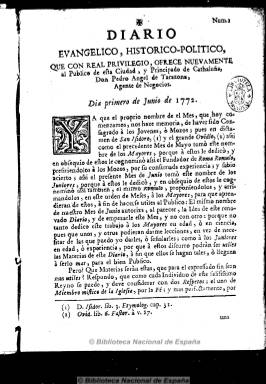
Título: Diario evangélico, histórico-político
Otros títulos: Diario evangélico, histórico político
Colección: Periódicos anteriores a 1850
Ámbito geográfico: Barcelona
Lugar de publicación: Barcelona
Fechas: 01/06/1772-06/06/1772

Con este título reaparece en 1772 el segundo diario editado en España, tras el que Francisco Mariano Nipho comenzara a publicar en Madrid en 1758. El agente de negocios Pedro Ángel de Tarazona, emulando en Barcelona al fundador del periodismo español, había editado en 1762 el Diario curioso, histórico, erudito y comercial, público y económico, enmarcado en el espíritu ilustrado del dieciocho, y diez años después, con real privilegio, ofrecerá nuevamente al público catalán un diario con el título Diario evangélico, histórico-político, un periódico de ocho páginas que divide en dos partes diferenciadas. En la primera y a una columna, incluye artículos de divulgación religiosa, como la vida del santo del día y comentarios sobre el dogma, el evangelio o la liturgia católicas, y de historia de España o de la “romana política”; y en la segunda, a dos columnas y ocupando menor espacio, una sección bajo el epígrafe “Artículo comercial, civil y económico”, con breves noticias sobre el movimiento del puerto marítimo de Barcelona, y otras sobre ofertas y demandas de empleadas de hogar o de pérdidas de objetos o animales, bajo el epígrafe de “noticias familiares”.

Estampado en la imprenta de Juan Forns, Tarazona -convertido en el Nipho barcelonés, aunque con menor fortuna que el diarista madrileño- editará sólo seis números de este Diario evangélico, desde el uno al seis de junio de 1772, para después de un intervalo de una semana, lo continúe publicando, pero recuperando en gran parte el título que le había dado en 1762, como Diario curioso, histórico, erudito, comercial, civil y económico, que seguirá apareciendo hasta 1773.